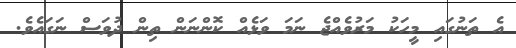
އެ ތަނުގައި މީހަކު މަރުވެއްޖެ ނަމަ ވަޅެއް ކޮންނަން ތިން ދުވަސް ނަގައެވެ.